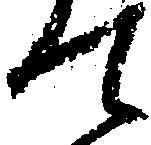
て